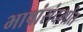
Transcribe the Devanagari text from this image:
भाषांसंदर्भात